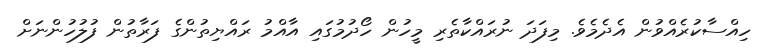
ހިއްސާކުރެއްވުން އެދެމެވެ. މިފަދަ ނުރައްކާތެރި މީހުން ހޯދުމުގައި އާއްމު ރައްޔިތުންގެ ފަރާތުން ފުލުހުންނަށް